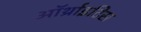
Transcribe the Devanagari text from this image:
ऑर्थ्राइटिस